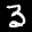
Label: 3